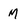
Character: M